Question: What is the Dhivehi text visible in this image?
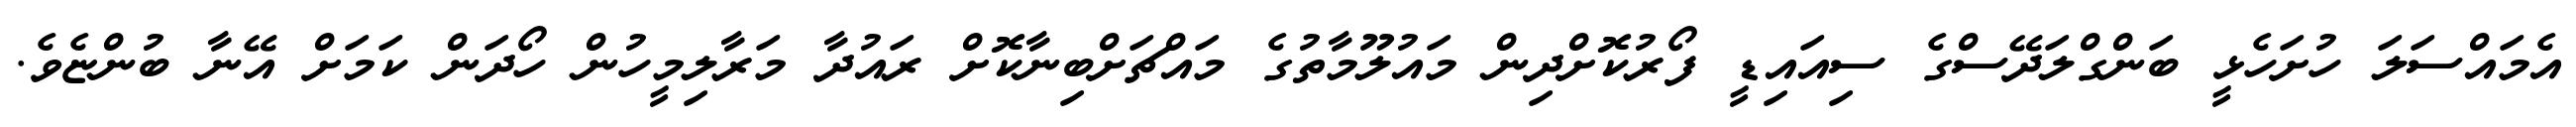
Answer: އެމައްސަލަ ހުށަހެޅީ ބަންގްލަދޭސްގެ ސިއައިޑީ ފޯރުކޮށްދިން މައުލޫމާތުގެ މައްޗަށްބިނާކޮށް ރައުދާ މަރާލިމީހުން ހޯދަން ކަމަށް އޭނާ ބުންޏެވެ.